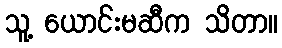
သူ့ ယောင်းမဆီက သိတာ။